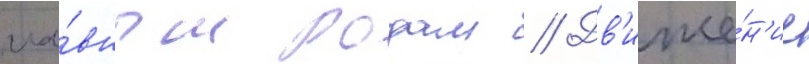
гла́вным родам // Дв'иже́н'ие